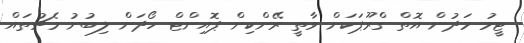
ޓީމު މަދުން އޮތް ގްރޫޕަކަށް ވާތީ ރޭންކިން ޕޮއިންޓް ހޯދަން ލިބުނު މެޗުތައް